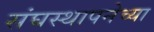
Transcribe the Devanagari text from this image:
संघस्थापनेच्या